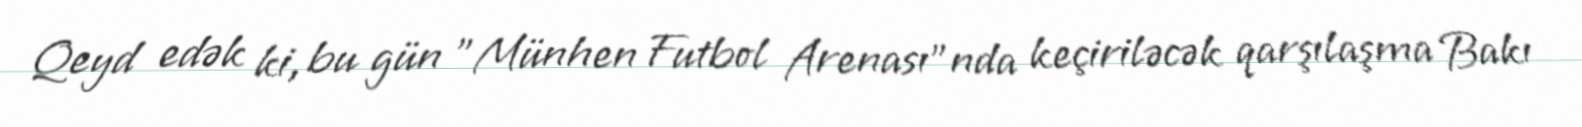
Qeyd edək ki, bu gün "Münhen Futbol Arenası"nda keçiriləcək qarşılaşma Bakı